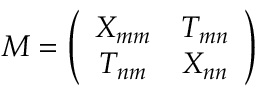
M = \left( \begin{array} { c c } { { X _ { m m } } } & { { T _ { m n } } } \\ { { T _ { n m } } } & { { X _ { n n } } } \end{array} \right)